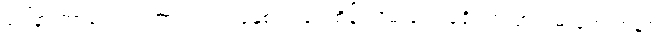
ဒေါ်နာ ကာလေလ် ဟာ ၂၀၁၇ ခုနှစ်က ရေထိန်းသိမ်းရေး ခရိုင်က ငှားရမ်းခဲ့တဲ့ ကနဦး